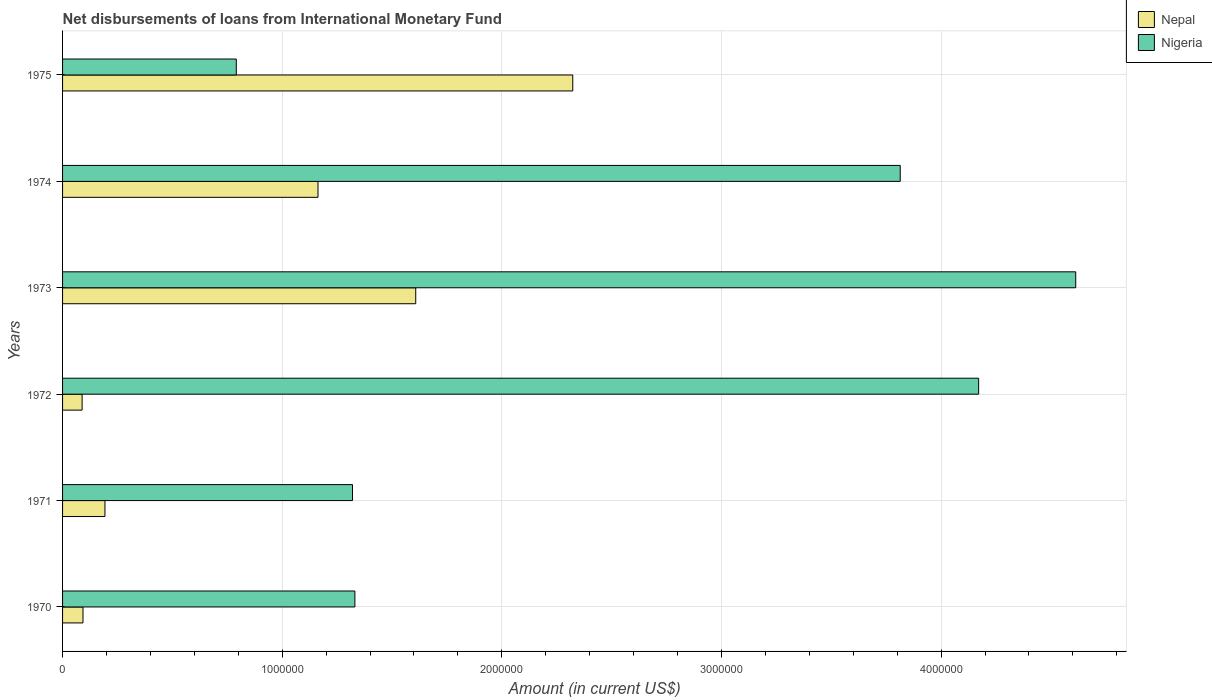
| Years | Nepal | Nigeria |
 | --- | --- | --- |
 | 1970 | 9.3e+04 | 1.33e+06 |
 | 1971 | 1.93e+05 | 1.32e+06 |
 | 1972 | 8.9e+04 | 4.17e+06 |
 | 1973 | 1.61e+06 | 4.61e+06 |
 | 1974 | 1.16e+06 | 3.81e+06 |
 | 1975 | 2.32e+06 | 7.91e+05 |